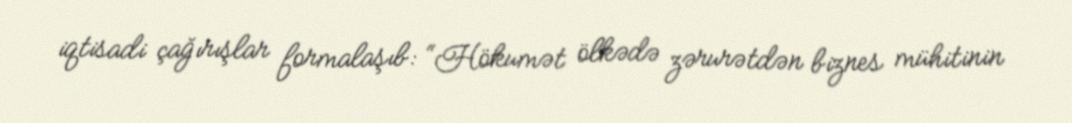
iqtisadi çağırışlar formalaşıb: “Hökumət ölkədə zərurətdən biznes mühitinin